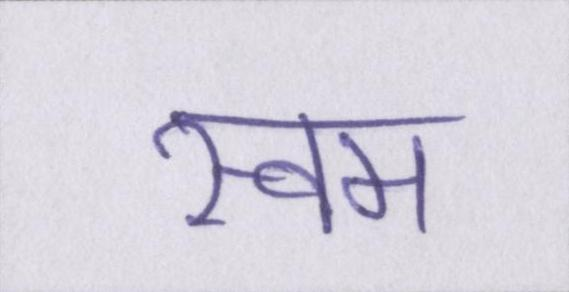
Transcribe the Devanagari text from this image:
स्वम